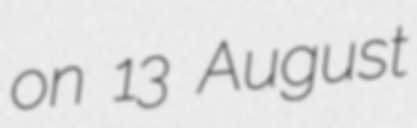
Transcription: on 13 August